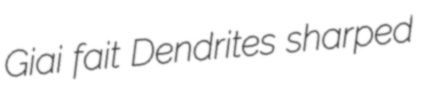
Giai fait Dendrites sharped